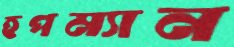
হপম্যান